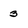
Character: 3